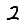
Digit: 2